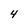
Character: 4